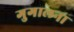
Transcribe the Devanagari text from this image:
गुगालना